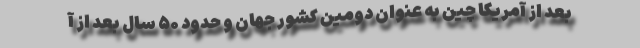
بعد از آمریکا چین به عنوان دومین کشور جهان و حدود ۵۰ سال بعد از آ